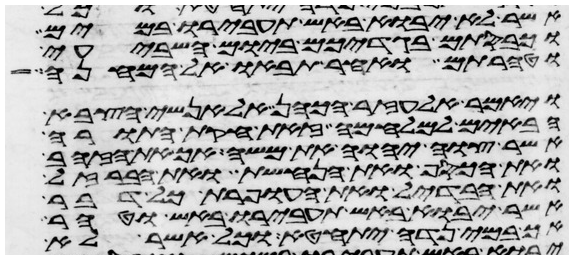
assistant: אשר לא יבוא באש תעבירו במים
וכבסתם בגדיכם ביום השביעי
וטהרתם ואחר תבאו אל המחנה
ויאמר אלעזר הכהן אל אנשי הצבא
הבאים למלחמה זאת חקת התורה
אשר צוה יהוה את משה אך את הזהב
ואת הכסף ואת הנחשת ואת הברזל
ואת הבדיל ואת העופרת כל דבר
אשר יבוא באש תעבירו באש וטהר
אך במי נדה יתחטא וכל אשר לא